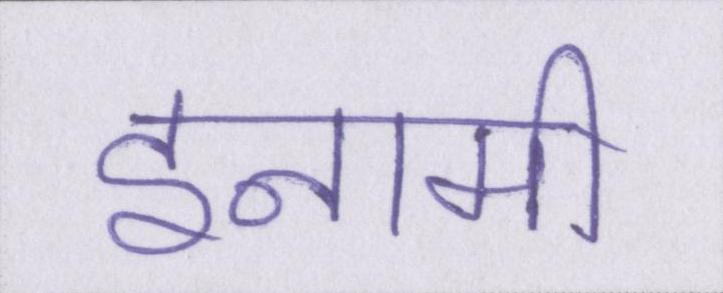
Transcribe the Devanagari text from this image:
इनामी